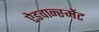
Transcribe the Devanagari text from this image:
ऐडवान्स्मेंट